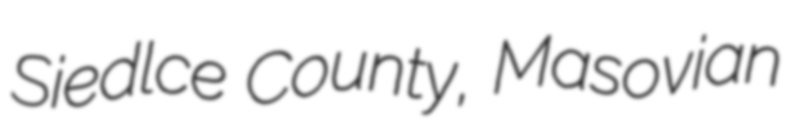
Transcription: Siedlce County, Masovian